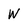
Character: w